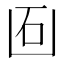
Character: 𠚈